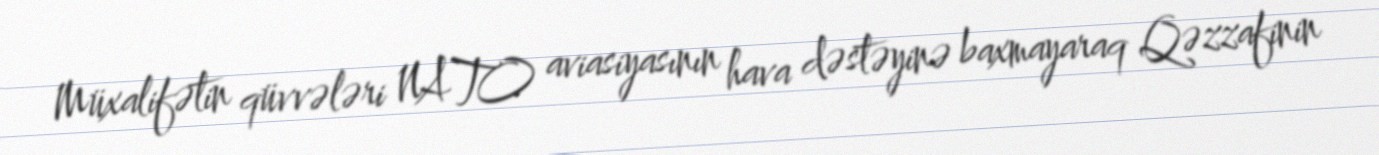
Müxalifətin qüvvələri NATO aviasiyasının hava dəstəyinə baxmayaraq Qəzzafinin